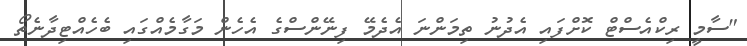
"ސާމީ ރިކްއެސްޓް ކޮށްފައި އެދުނު ތިމަންނަ އެދެމޭ ފިނޭންސްގެ އެހެން މަގާމެއްގައި ބެހެއްޓިދާނެތޯ